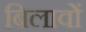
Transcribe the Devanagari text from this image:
बिलावों